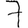
Digit: 7